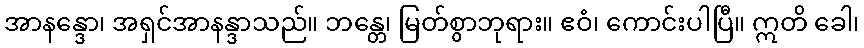
အာနန္ဒော၊ အရှင်အာနန္ဒာသည်။ ဘန္တေ၊ မြတ်စွာဘုရား။ ဧဝံ၊ ကောင်းပါပြီ။ ဣတိ ခေါ၊